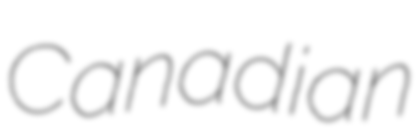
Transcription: Canadian